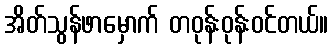
အိတ်သွန်ဖာမှောက် တဝုန်းဝုန်းဝင်တယ်။